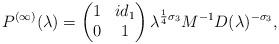
LaTeX: \begin{align*}P^{(\infty)}(\lambda)=\begin{pmatrix}1&id_1\\0&1\end{pmatrix}\lambda^{\frac{1}{4}\sigma_3}M^{-1}D(\lambda)^{-\sigma_3},\end{align*}